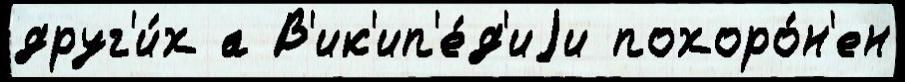
друг'и́х а В'ик'ип'е́д'иjи похоро́н'ен